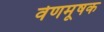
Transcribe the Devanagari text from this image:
वेणमूषक